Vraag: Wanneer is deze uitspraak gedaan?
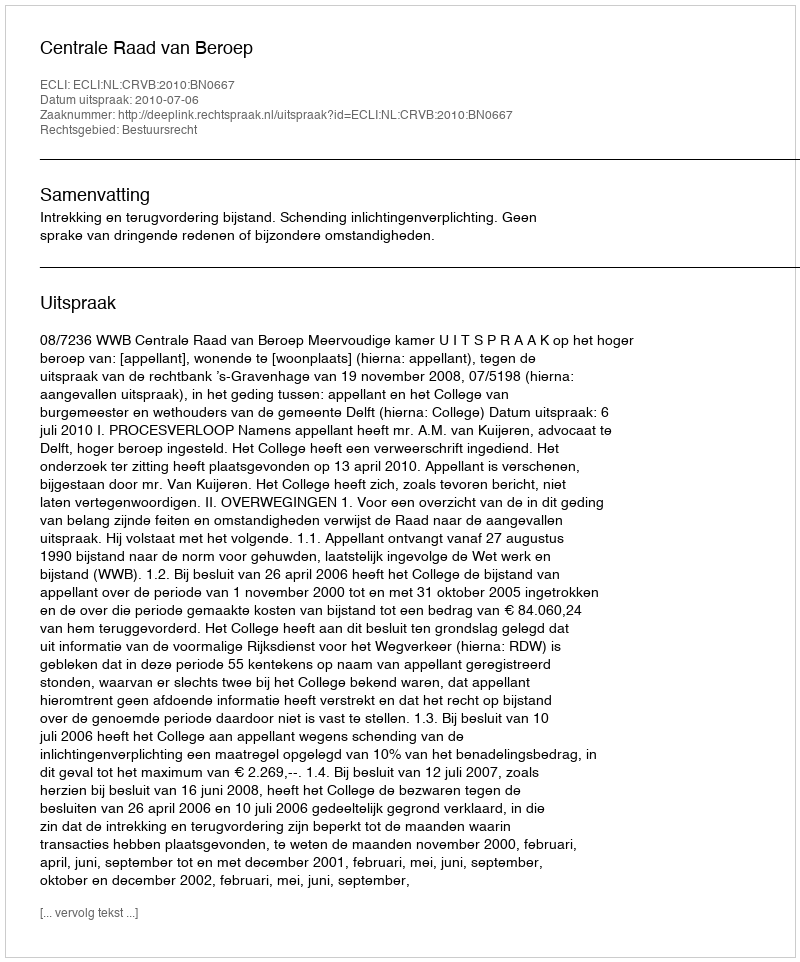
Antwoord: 2010-07-06